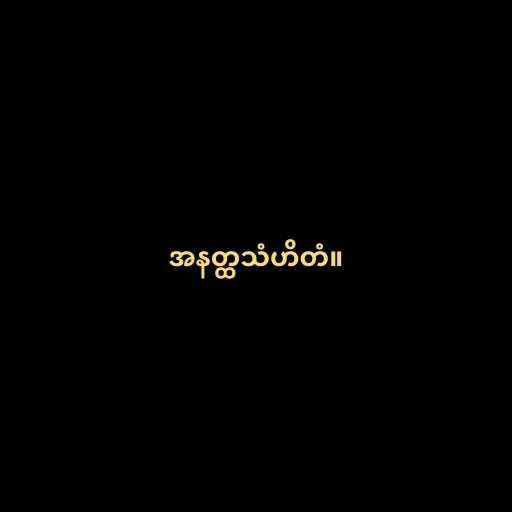
အနတ္ထသံဟိတံ။